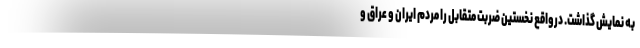
به نمایش گذاشت. درواقع نخستین ضربت متقابل را مردم ایران و عراق و